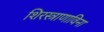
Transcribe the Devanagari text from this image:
शिरस्त्राणाविना